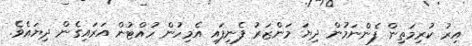
އިރު ކުރިމަތިން ފެންނަމުން ދިޔަ މަންޒަރު ފެނިފައި އެމިހުން ހުއްޓުން އަރައިގެން ދިޔައެވެ.